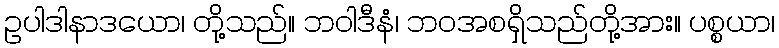
ဥပါဒါနာဒယော၊ တို့သည်။ ဘဝါဒီနံ၊ ဘဝအစရှိသည်တို့အား။ ပစ္စယာ၊